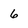
Character: 6